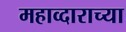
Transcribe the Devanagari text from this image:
महाव्दाराच्या